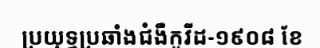
ប្រយុទ្ធប្រឆាំងជំងឺកូវីដ-១៩០៨ ខែ